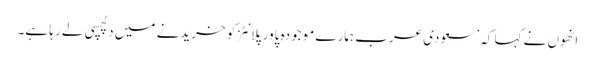
انھوں نے کہا کہ ’سعودی عرب ہمارے موجودہ پاور پلانٹز کو خریدنے میں دلچسپی لے رہا ہے۔